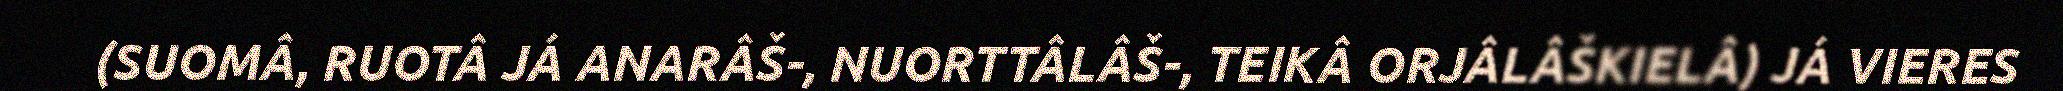
(SUOMÂ, RUOTÂ JÁ ANARÂŠ-, NUORTTÂLÂŠ-, TEIKÂ ORJÂLÂŠKIELÂ) JÁ VIERES